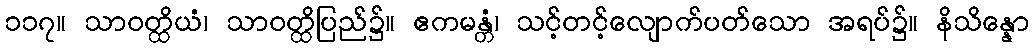
၁၁၇။ သာဝတ္ထိယံ၊ သာဝတ္ထိပြည်၌။ ဧကမန္တံ၊ သင့်တင့်လျောက်ပတ်သော အရပ်၌။ နိသိန္နော